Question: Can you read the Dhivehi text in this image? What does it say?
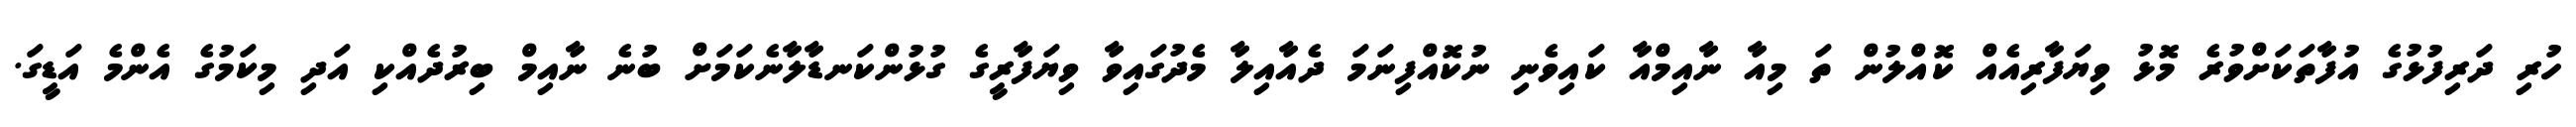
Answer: ހުރި ދަރިފުޅުގެ އުފާތަކަށްވުރެ މޮޅު ވިޔަފާރިއެއް ކޮއްލުން ތަ މިއާ ނާއިމްއާ ކައިވެނި ނުކޮއްފިނަމަ ދެއާއިލާ މެދުގައިވާ ވިޔަފާރީގެ ގުޅުންކަނޑާލާނެކަމަށް ބުނެ ނާއިމް ބިރުދެއްކި އަދި މިކަމުގެ އެންމެ އަޑީގަ.